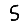
Digit: 5